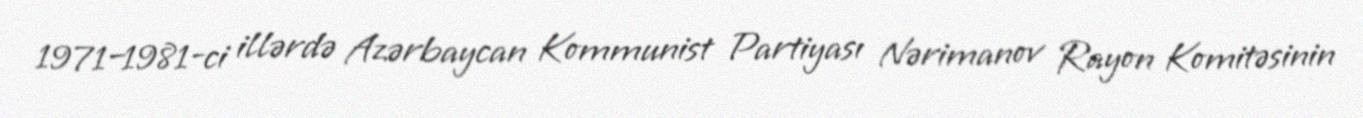
1971–1981-ci illərdə Azərbaycan Kommunist Partiyası Nərimanov Rayon Komitəsinin